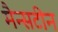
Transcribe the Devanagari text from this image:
मैन्सटीन